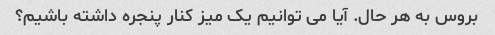
بروس به هر حال. آیا می توانیم یک میز کنار پنجره داشته باشیم؟